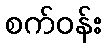
စက်ဝန်း